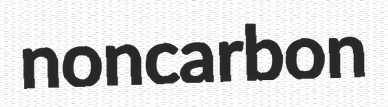
noncarbon